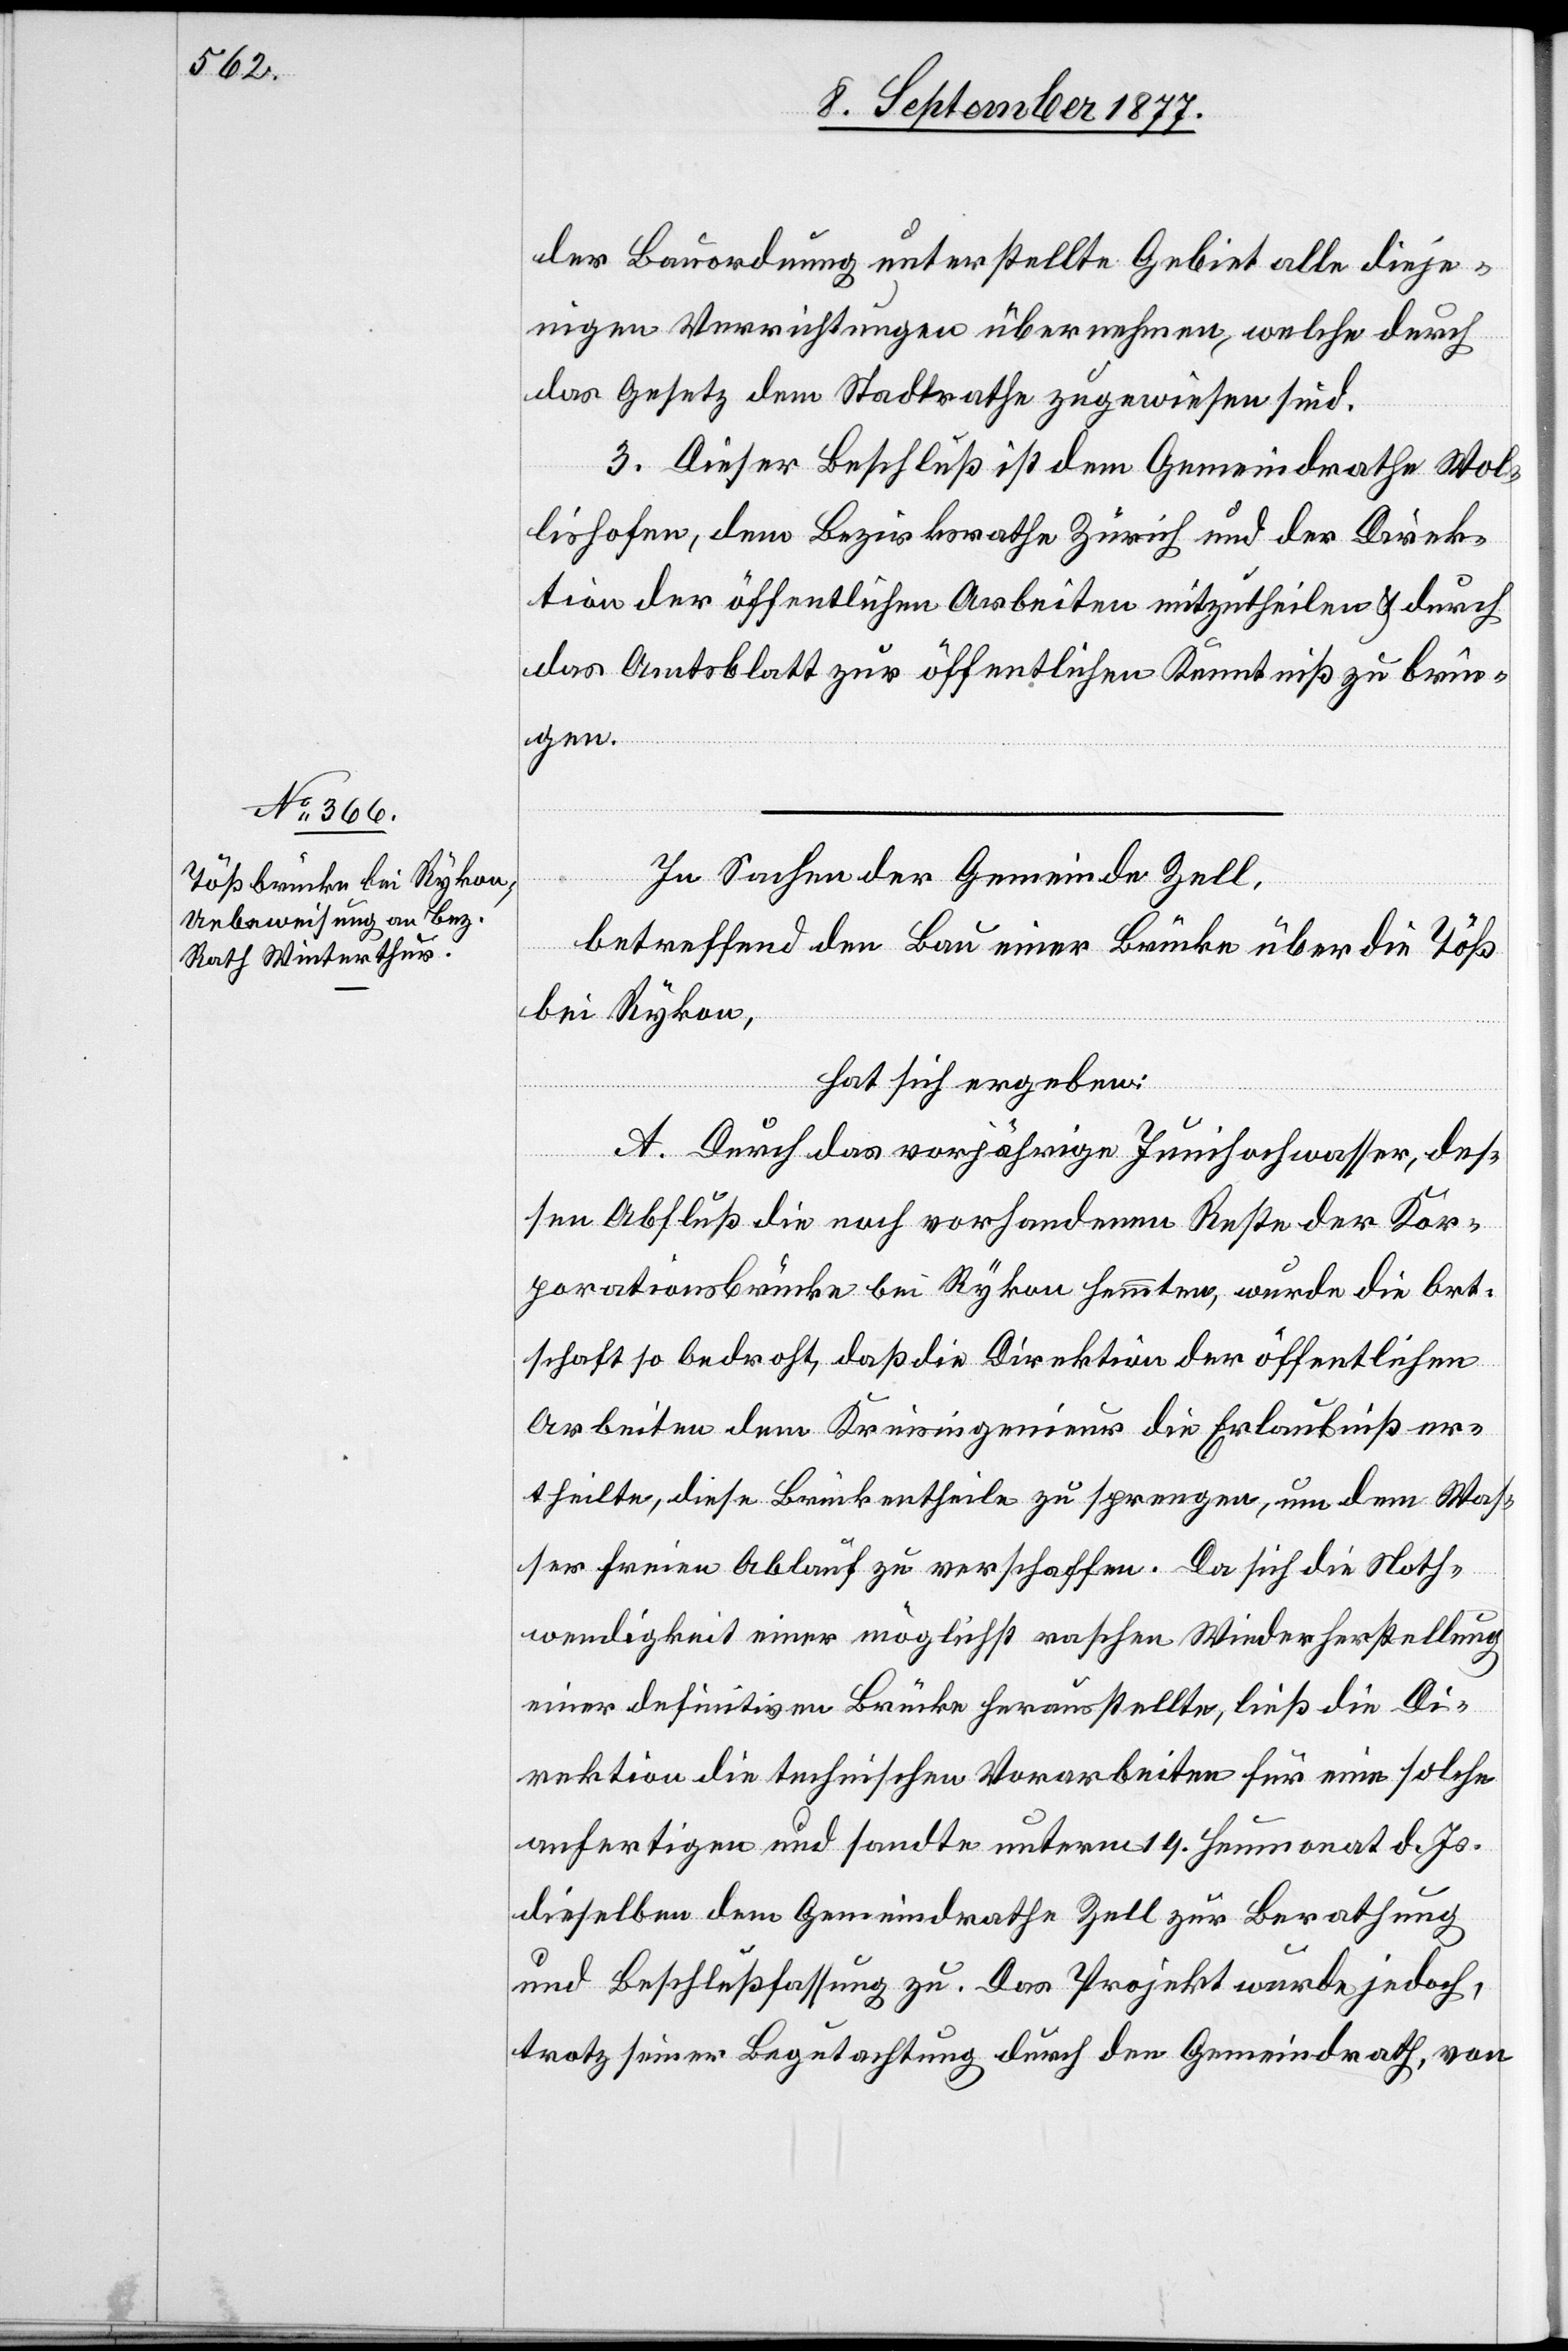
der Bauordnung unterstellte Gebiet alle dieje¬
nigen Verrichtungen übernehmen, welche durch
das Gesetz dem Stadtrathe zugewiesen sind.
3. Dieser Beschluß ist dem Gemeindrathe Wol¬
lishofen, dem Bezirksrathe Zürich und der Direk¬
tion der öffentlichen Arbeiten mitzutheilen & durch
das Amtsblatt zur öffentlichen Kenntniß zu brin¬
gen.
In Sachen der Gemeinde Zell,
betreffend den Bau einer Brücke über die Töß
bei Rykon,
hat sich ergeben:
A. Durch das vorjährige Junihochwasser, des¬
sen Abfluß die noch vorhandenen Reste der Kor¬
porationsbrücke bei Rykon hemmten, wurde die Ort¬
schaft so bedroht, daß die Direktion der öffentlichen
Arbeiten dem Kreisingenieur die Erlaubniß er¬
theilte, diese Brückentheile zu sprengen, um dem Was¬
ser freien Ablauf zu verschaffen. Da sich die Noth¬
wendigkeit einer möglichst raschen Widerherstellung
einer definitiven Brücke herausstellte, ließ die Di¬
rektion die technischen Vorarbeiten für eine solche
anfertigen und sandte unterm 19. Heumonat d. Js.
dieselben dem Gemeindrathe Zell zur Berathung
und Beschlußfassung zu. Das Projekt wurde jedoch,
trotz seiner Begutachtung durch den Gemeindrath, von